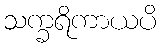
သက္ခရိကာယပိ